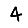
Digit: 4